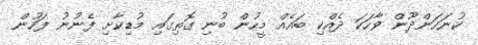
ކުނަހަންދޫން ވާހަކަ ދެއްކި ބައެއް މީހުން ބުނި ގޮތިގައި މުޑިކާށި ފެނުނު ފަހުން